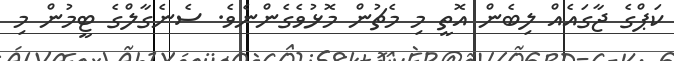
ކަޕްގެ ޖާގައެއް ލިބެން އޮތީ މި މެޗުން މޮޅުވެގެންނެވެ. ސެނެގާލްގެ ޓީމުން މި